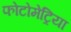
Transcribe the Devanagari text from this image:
फोटोमेट्रिया